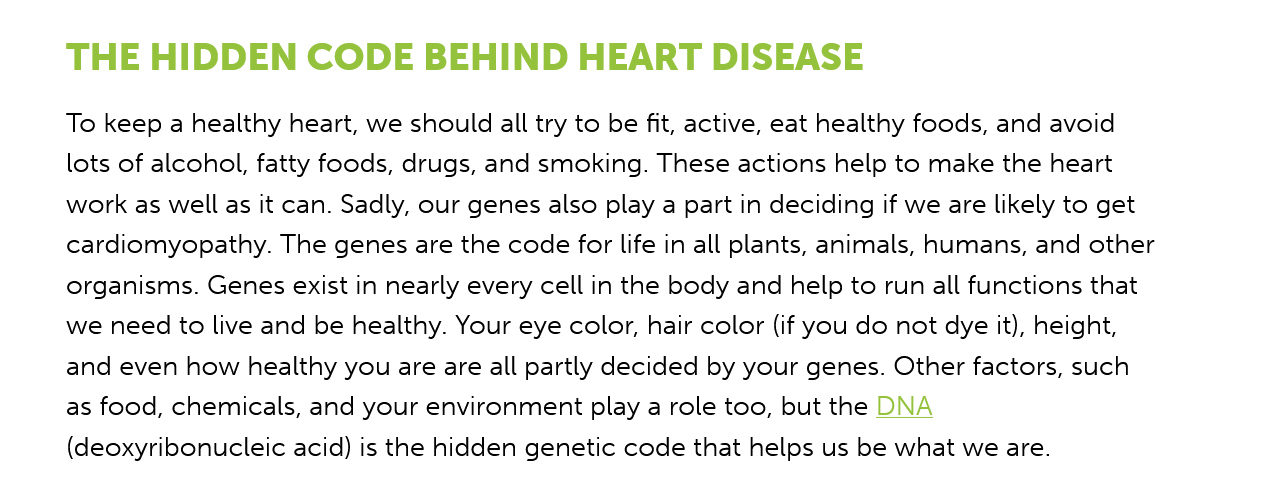
THE   HIDDEN    CODE    BEHIND    HEART DISEASE
     To keep a healthy heart, we should all try to be fit, active, eat healthy foods, and avoid
     lots of alcohol, fatty foods, drugs, and smoking. These actions help to make the heart
     work as well as it can. Sadly, our genes also play a part in deciding if we are likely to get
     cardiomyopathy. The genes are the code for life in all plants, animals, humans, and other
     organisms. Genes exist in nearly every cell in the body and help to run all functions that
     we need to live and be healthy. Your eye color, hair color (if you do not dye it), height,
     and even how healthy you are are all partly decided by your genes. Other factors, such
     as food, chemicals, and your environment play a role too, but the DNA
     (deoxyribonucleic acid) is the hidden genetic code that helps us be what we are.